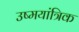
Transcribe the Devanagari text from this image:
उष्मयांत्रिक